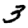
Digit: 3